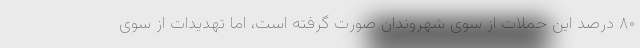
۸۰ درصد این حملات از سوی شهروندان صورت گرفته است، اما تهدیدات از سوی